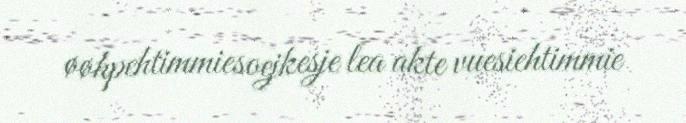
øøhpehtimmiesoejkesje lea akte vuesiehtimmie